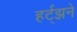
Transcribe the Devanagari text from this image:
हर्ट्झने